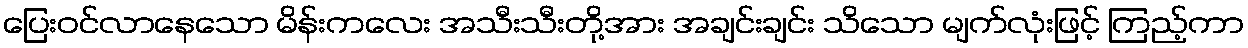
ပြေးဝင်လာနေသော မိန်းကလေး အသီးသီးတို့အား အချင်းချင်း သိသော မျက်လုံးဖြင့် ကြည့်ကာ